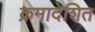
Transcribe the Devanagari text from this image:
क्रमादेशित